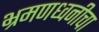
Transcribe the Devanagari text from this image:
भ्रमणध्वनीचा